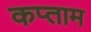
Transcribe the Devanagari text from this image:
कप्ताम